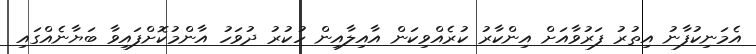
އެމަނިކުފާނު އިތުރު ފަރުވާއަށް އިންކާރު ކުރެއްވިކަން އާއިލާއިން ހުކުރު ދުވަހު އާންމުކޮށްފައިވާ ބަޔާނެއްގައި